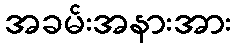
အခမ်းအနားအား